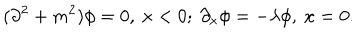
LaTeX: ( \partial ^ { 2 } + m ^ { 2 } ) \phi = 0 , \ x < 0 ; \ \partial _ { x } \phi = - \lambda \phi , \ x = 0 .